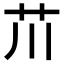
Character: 𫇨